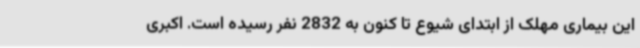
این بیماری مهلک از ابتدای شیوع تا کنون به 2832 نفر رسیده است. اکبری